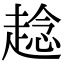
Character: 趝